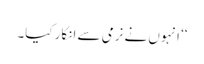
‘‘ انہوں نے نرمی سے انکار کیا۔